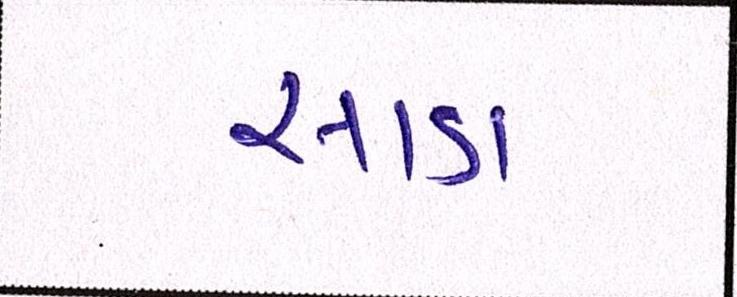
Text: સાડા